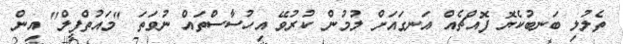
ތެލުލި ބަނބުކެޔޮ ފޮއްޗެއް އަނގައަށް ލުމުން ކުރުވޭ އިހުސާސްތައް ނުވަތަ "މައުތްފީލް" އިން